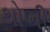
થોભી